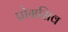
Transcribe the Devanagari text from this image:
प्रोग्रसिव